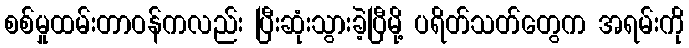
စစ်မှုထမ်းတာဝန်ကလည်း ပြီးဆုံးသွားခဲ့ပြီမို့ ပရိတ်သတ်တွေက အရမ်းကို